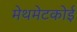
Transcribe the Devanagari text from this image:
मेथमेटकोई